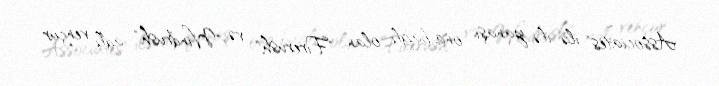
Associates" ilə ilə yanaşı ona bağlı olan "Firerush" və "Windrush" adlı vençur